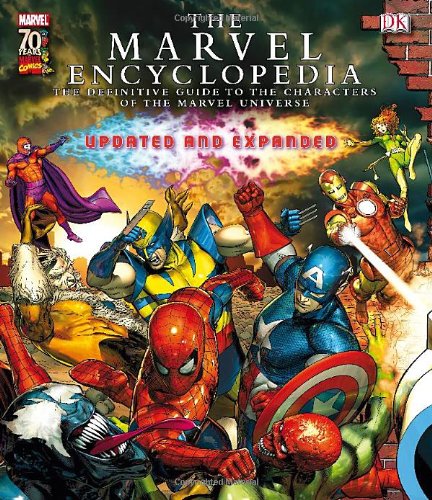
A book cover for Marvel Encyclopedia; Matt Forbeck; Reference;